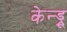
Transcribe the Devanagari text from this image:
केन्ड्रू